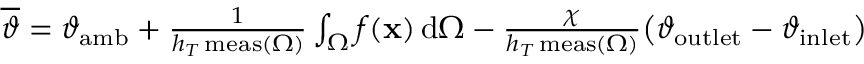
\begin{array} { r } { \overline { { \vartheta } } = \vartheta _ { \mathrm { a m b } } + \frac { 1 } { h _ { T } \, \mathrm { m e a s } ( \Omega ) } \int _ { \Omega } f ( \mathbf { x } ) \, \mathrm { d } \Omega - \frac { \chi } { h _ { T } \, \mathrm { m e a s } ( \Omega ) } \big ( \vartheta _ { \mathrm { o u t l e t } } - \vartheta _ { \mathrm { i n l e t } } \big ) } \end{array}